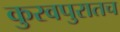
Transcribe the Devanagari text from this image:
कुरवपुरातच